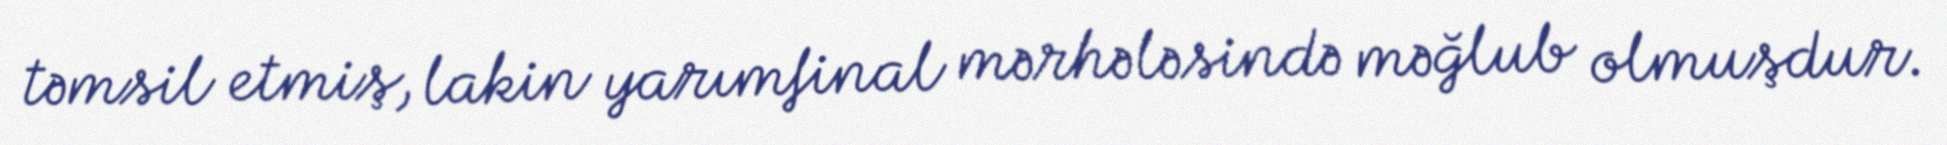
təmsil etmiş, lakin yarımfinal mərhələsində məğlub olmuşdur.